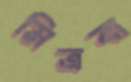
মিত্রবা